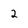
Character: 2